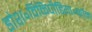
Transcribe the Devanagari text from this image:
डोश॰विकिपीडिया॰कॉम